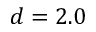
d = 2 . 0